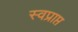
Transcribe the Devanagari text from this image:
स्वप्राप्त